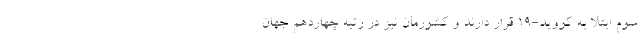
سوم ابتلا به کووید-۱۹ قرار دارند و کشورمان نیز در رتبه چهاردهم جهان